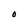
Character: 0